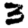
Digit: 3